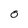
Character: 0